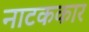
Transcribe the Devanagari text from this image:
नाटककार